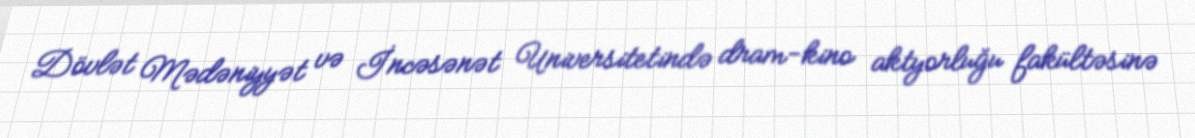
Dövlət Mədəniyyət və İncəsənət Universitetində dram-kino aktyorluğu fakültəsinə